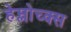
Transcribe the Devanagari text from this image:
हेम्लोच्क्स